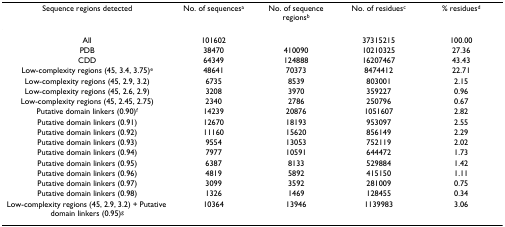
| Sequence regions detected | No. of sequencesa | No. of sequence regionsb | No. of residuesc | % residuesd |
 | --- | --- | --- | --- | --- |
 | All | 101602 |  | 37315215 | 100.00 |
 | PDB | 38470 | 410090 | 10210325 | 27.36 |
 | CDD | 64349 | 124888 | 16207467 | 43.43 |
 | Low-complexity regions (45, 3.4, 3.75)e | 48641 | 70373 | 8474412 | 22.71 |
 | Low-complexity regions (45, 2.9, 3.2) | 6735 | 8539 | 803001 | 2.15 |
 | Low-complexity regions (45, 2.6, 2.9) | 3208 | 3970 | 359227 | 0.96 |
 | Low-complexity regions (45, 2.45, 2.75) | 2340 | 2786 | 250796 | 0.67 |
 | Putative domain linkers (0.90)f | 14239 | 20876 | 1051607 | 2.82 |
 | Putative domain linkers (0.91) | 12670 | 18193 | 953097 | 2.55 |
 | Putative domain linkers (0.92) | 11160 | 15620 | 856149 | 2.29 |
 | Putative domain linkers (0.93) | 9554 | 13053 | 752119 | 2.02 |
 | Putative domain linkers (0.94) | 7977 | 10591 | 644472 | 1.73 |
 | Putative domain linkers (0.95) | 6387 | 8133 | 529884 | 1.42 |
 | Putative domain linkers (0.96) | 4819 | 5892 | 415150 | 1.11 |
 | Putative domain linkers (0.97) | 3099 | 3592 | 281009 | 0.75 |
 | Putative domain linkers (0.98) | 1326 | 1469 | 128455 | 0.34 |
 | Low-complexity regions (45, 2.9, 3.2) + Putative domain linkers (0.95)g | 10364 | 13946 | 1139983 | 3.06 |